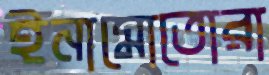
ইনামোতোরা